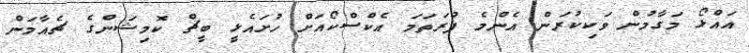
އައްޅޯ މަގާމުން ވަކިކުރަން އެންމެ ފުރަތަމަ އެކްސްކޯއަށް ހުށައެޅީ ބީޗް ކޮމިޝަންގެ ޗެއާމަން